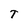
Character: T